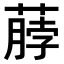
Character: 𫉖